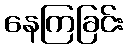
နေကြခြင်း